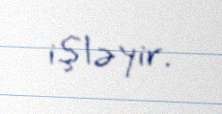
işləyir.